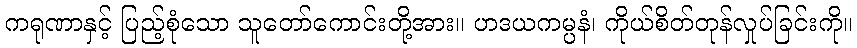
ကရုဏာနှင့် ပြည့်စုံသော သူတော်ကောင်းတို့အား။ ဟဒယကမ္ပနံ၊ ကိုယ်စိတ်တုန်လှုပ်ခြင်းကို။